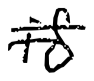
Text: is
Cross-out: mix
Writing tool: digital_black